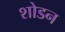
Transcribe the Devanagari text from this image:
शोडन